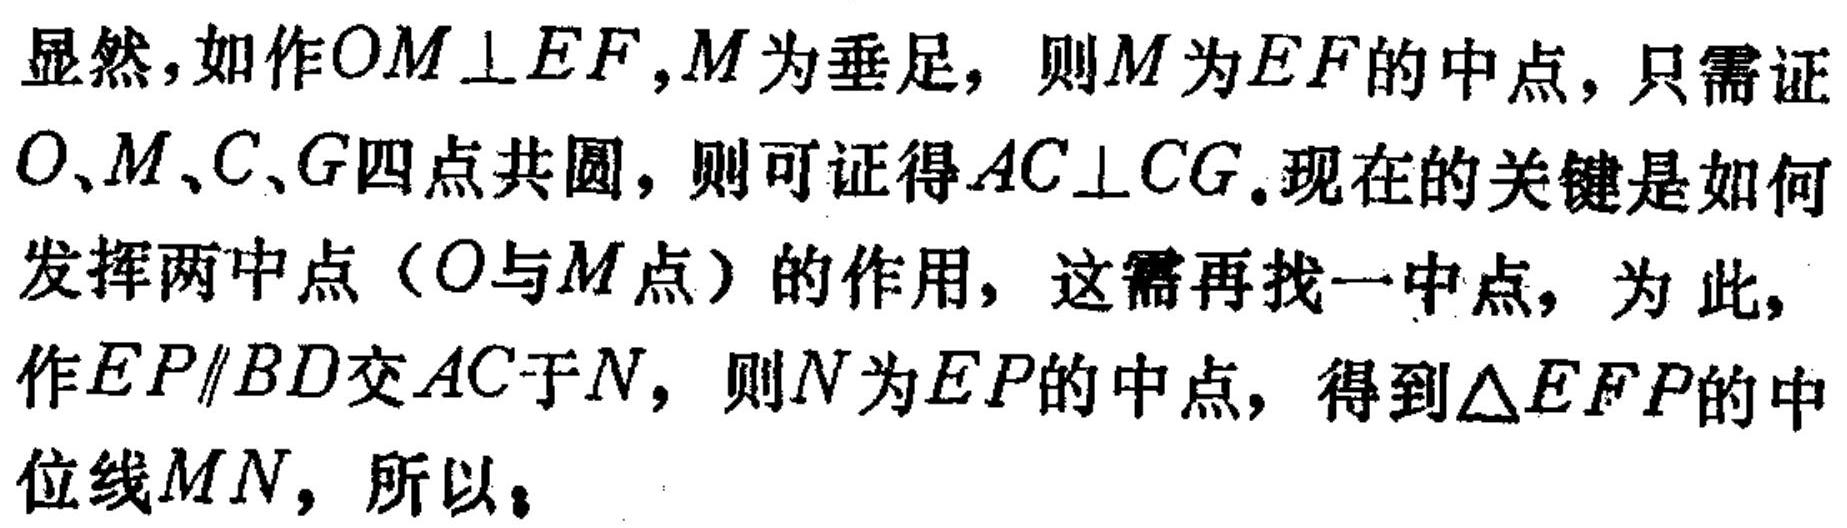
显然，如作\(OM\perp EF\)，\(M\)为垂足，则\(M\)为\(EF\)的中点，只需证\(O\)、\(M\)、\(C\)、\(G\)四点共圆，则可证得\(AC\perp CG\)。现在的关键是如何发挥两中点（\(O\)与\(M\)点）的作用，这需再找一中点，为此，作\(EP\parallel BD\)交\(AC\)于\(N\)，则\(N\)为\(EP\)的中点，得到\(\triangle EFP\)的中位线\(MN\)，所以：